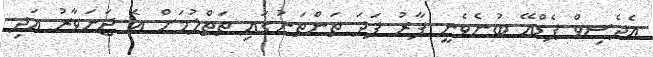
އެދެސިވް ޕެޑްއޭ ބުނެވެނީ ފާރު ފަދަ ތަންތަނުގައި ތަތްލުމަށް އެ ޖަނަވާރު އަދި